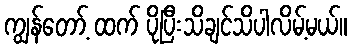
ကျွန်တော့် ထက် ပိုပြီးသိချင်သိပါလိမ့်မယ်။